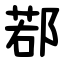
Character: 鄀